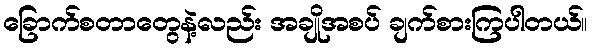
ခြောက်စတာတွေနဲ့လည်း အချိုအစပ် ချက်စားကြပါတယ်။